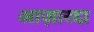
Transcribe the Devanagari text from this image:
आज़ारदा